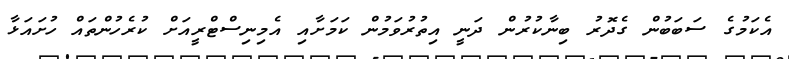
އެކަމުގެ ސަބަބުން ގެދޮރު ބިނާކުރުން ދަނީ އިތުރުވަމުން ކަމަށާއި އެމިނިސްޓްރީއަށް ކުރެހުންތައް ހުށައަޅާ